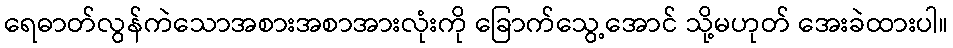
ရေဓာတ်လွန်ကဲသောအစားအစာအားလုံးကို ခြောက်သွေ့အောင် သို့မဟုတ် အေးခဲထားပါ။